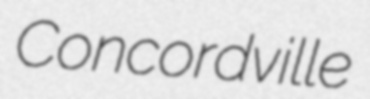
Concordville